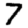
Digit: 7